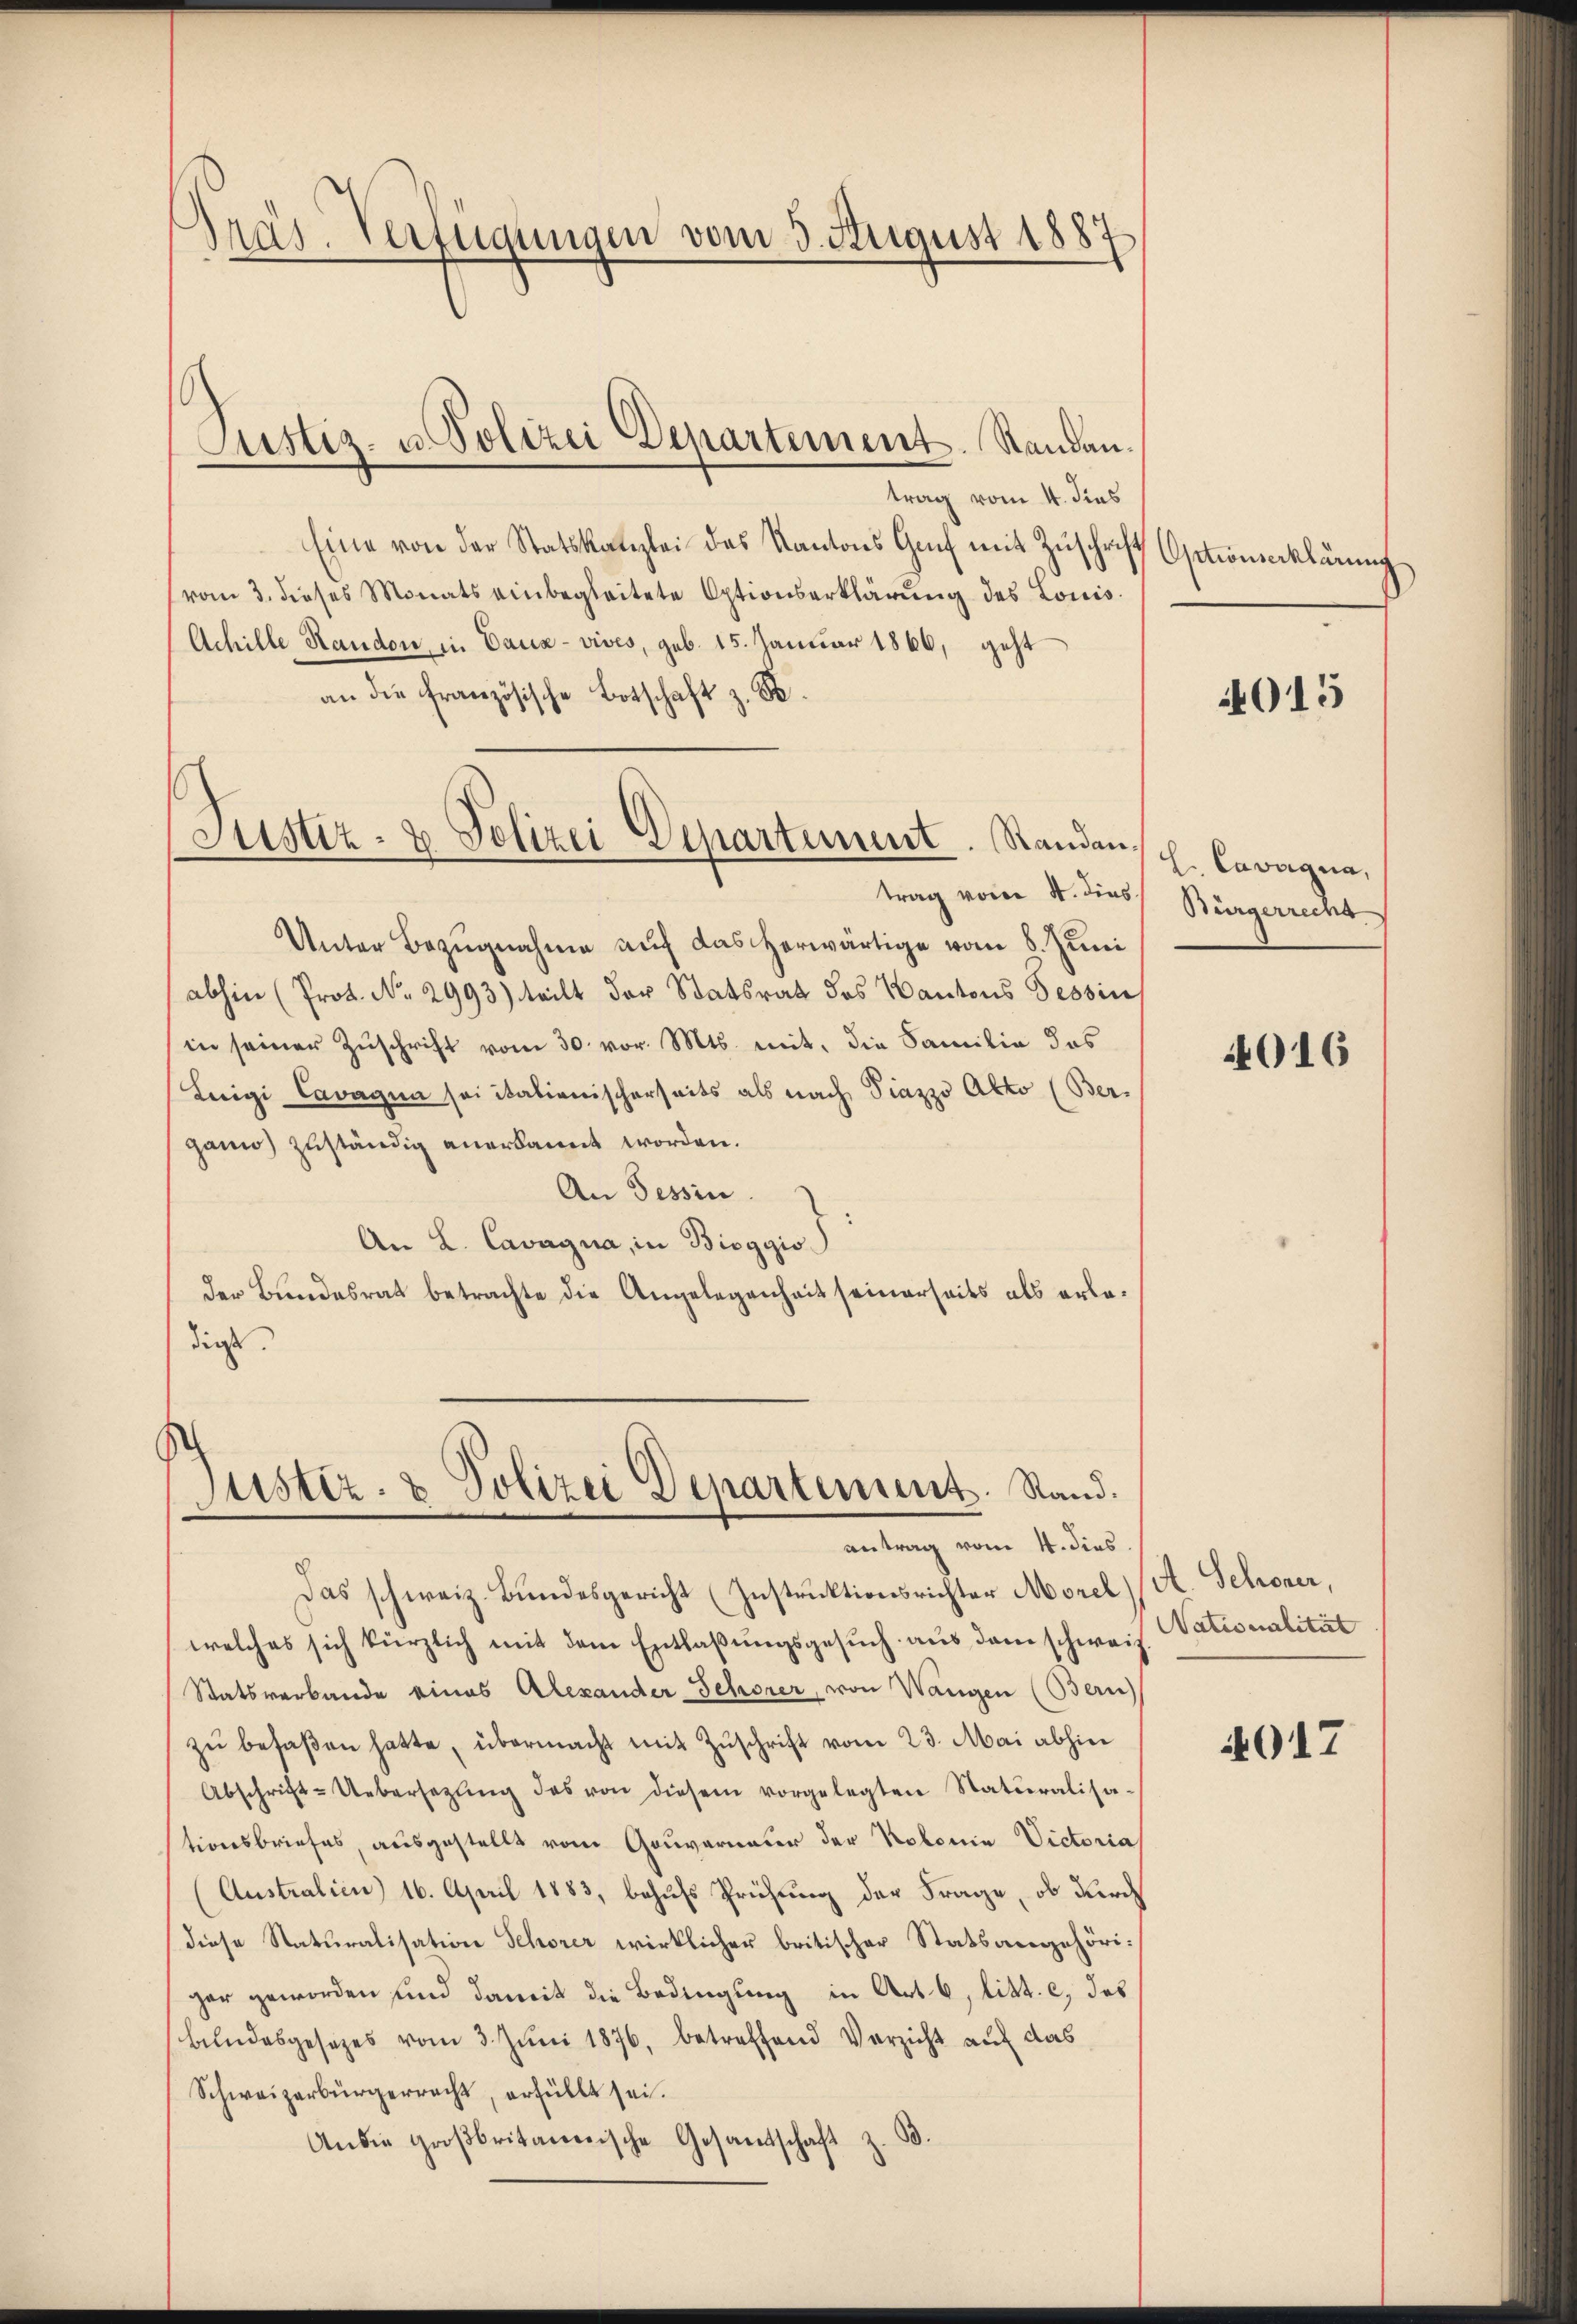
Präs. Verfügungen vom 3. August 1887

Justiz- u. Polizei Departement. Standau.

trag vom 4. dies
Eine von der Statskanzlei des Kantons Genf mit Zuschrift sationserklärung
vom 3. dieses Monats einbegleitete Optionserklärung des Louis
Achille Randon, in Caua-vives, geb. 15. Januar 1866, geht
an die französische Botschaft z. B.
Unter Bezugnahme auf das herwärtige vom 8. Juni
abhin (Prot. No. 2993) teilt der Statsrath des Kantons Tessin
in seiner Zuschrift vom 30. vor. Mts. mit, die Familie das
Luigi Cavagna sei italienischerseits als nach Piazzo Akto (Ber-
gann) zuständig anerkannt worden.
An Tessin.
An L. Cavagna, in Bioggio
der Bundesrat betrachte die Angelegenheit seinerseits als erbe-
diese

Justiz- & Polizei Departement. Standantrag vor 4. dies

Justiz- & Polizei Departement. Stand.
antrag vom 4. dies

Das schweiz. Bundesgericht (Instruktionsrichter Morel (A. Schroner,
welches sich kürzlich mit dem Entlaßungsgesuch aus dem schweit
Statsverbande eines Alexander Schorer, von Wangen (Bern
zŭ besaßen hatte, übermacht mit Zŭschrift vom 23. Mai abhin
Abschrift-Uebersetzŭng des von diesem vorgelegten Naturalisa-
tionsbriefes ausgestellt vom Gouvernauer der Kolonia Victoria
Australien 16. April 1883, behufs Prüfung der Frage, ob durch
diese Naturalisation Schorer wirklicher britischer Statsangehöriger geworden sind damit die Bedingung in Art. 6, litt. c, das
bŭndesgesetzes vom 3. Jŭni 1876, betreffend Verzicht auf das
Schweizerbürgerracht, erfüllt sei.
Andie großbritannische Gesandschaft z. B.

015

L. Cavaqua,
Bürgerrecht

016

Nationalität

4017